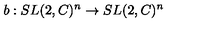
b : S L ( 2 , C ) ^ { n } \rightarrow S L ( 2 , C ) ^ { n }